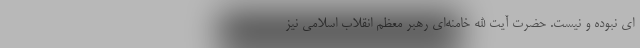
ای نبوده و نیست. حضرت آیت الله خامنه‌ای رهبر معظم انقلاب اسلامی نیز